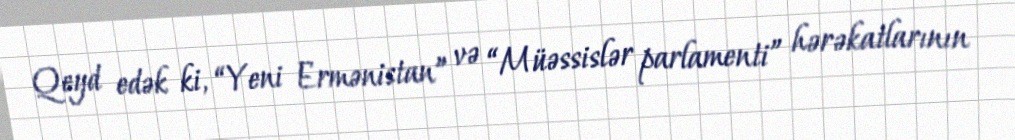
Qeyd edək ki, “Yeni Ermənistan” və “Müəssislər parlamenti” hərəkatlarının